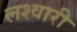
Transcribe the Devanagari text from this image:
लश्वारी